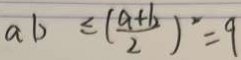
a b \leq ( \frac { a + b } { 2 } ) ^ { 2 } = 9